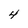
Character: 4